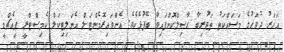
އަހަރު ދުވަހުގެ މަސައްކަތު ތަޖުރިބާ ޙާޞިލްކޮށްފައިވާ ބޭފުޅެކެވެ. އެންވައިރޮމެންޓަލް އެނަލިޓިކަލް ކެމިސްޓްރީ ޕީއެޗްޑީ